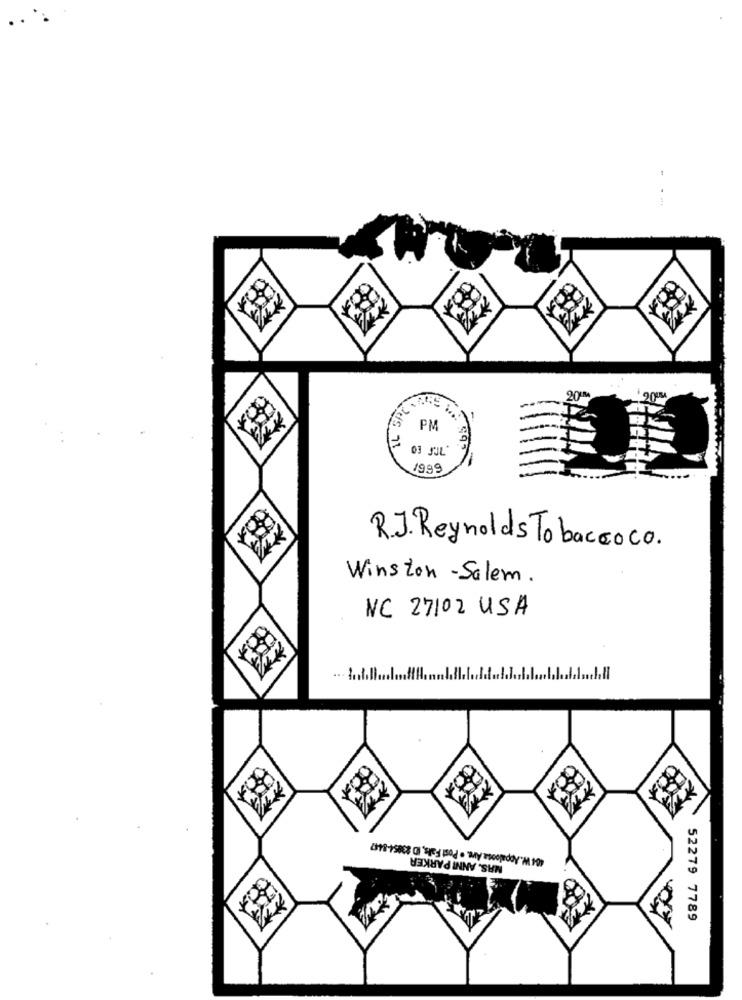
IL SP
PM
03 SUL"
1999
R.J. Reynolds Tobaccoco.
Winston -Salem.
NC 27102 USA
404 W. Appaloosa Ave. . Post Fals, ID 23854-8447
MRS. ANM PARKER
52279 7789